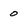
Character: 0